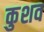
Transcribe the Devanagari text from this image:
कुशव